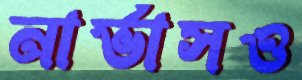
নার্ভাসও